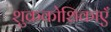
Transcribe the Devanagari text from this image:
शुक्रकोशिकाएँ